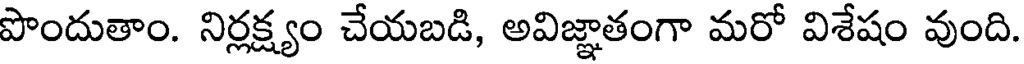
పొందుతాం. నిర్లక్ష్యం చేయబడి, అవిజ్ఞాతంగా మరో విశేషం వుంది.